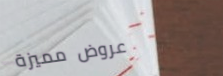
عروض مميزة